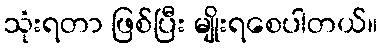
သုံးရတာ ဖြစ်ပြီး မျိုးရစေပါတယ်။